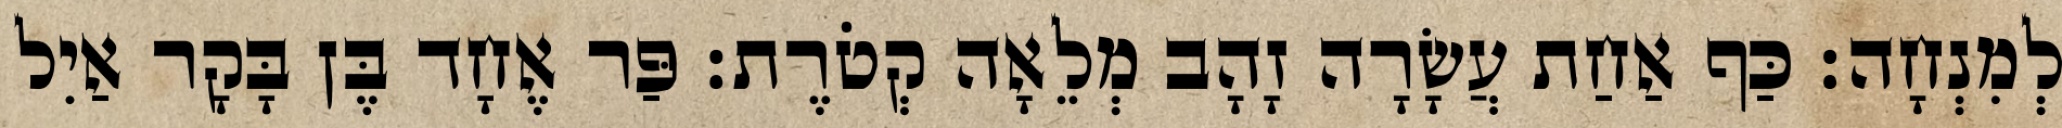
לְמִנְחָה׃ כַּף אַחַת עֲשָׂרָה זָהָב מְלֵאָה קְטֹרֶת׃ פַּר אֶחָד בֶּן בָּקָר אַיִל